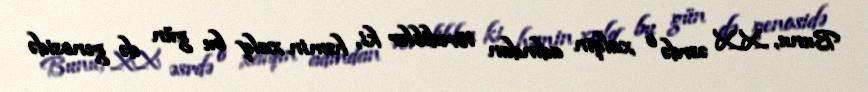
Bunu, XX əsrdə o xalqın adından törədiblər ki, həmin xalq bu gün də genosidə